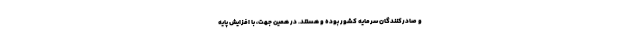
و صادرکنندگان سرمایه کشور بوده و هستند. در همین جهت، با افزایش پایه